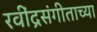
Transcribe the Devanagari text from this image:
रवींद्रसंगीताच्या